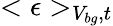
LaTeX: <\epsilon>_{V_{bg},t}